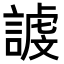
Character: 𮘭